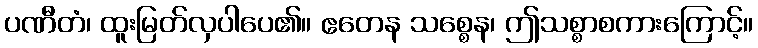
ပဏီတံ၊ ထူးမြတ်လှပါပေ၏။ ဧတေန သစ္စေန၊ ဤသစ္စာစကားကြောင့်။